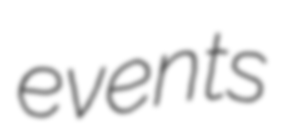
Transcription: events